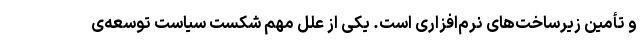
و تأمین زیرساخت‌های نرم‌افزاری است. یکی از علل مهم شکست سیاست توسعه‌ی